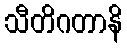
သီတိဂတာနိ